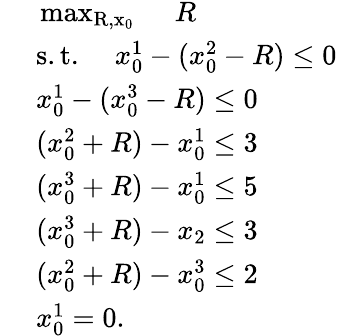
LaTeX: \begin{array}{rl}&{\mathrm{~\operatorname*{max}_{R,x_0}~}\quad R}\\ &{\; \mathrm{s.t.}\quad\; x_{0}^{1}-(x_{0}^{2}-R)\le 0}\\ &{\; x_{0}^{1}-(x_{0}^{3}-R)\le 0}\\ &{\; (x_{0}^{2}+R)-x_{0}^{1}\le 3}\\ &{\; (x_{0}^{3}+R)-x_{0}^{1}\le 5}\\ &{\; (x_{0}^{3}+R)-x_{2}\leq 3}\\ &{\; (x_{0}^{2}+R)-x_{0}^{3}\leq 2}\\ &{\; x_{0}^{1}=0.}\end{array}